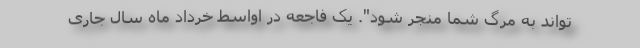
‌تواند به مرگ شما منجر شود". یک فاجعه در اواسط خرداد ماه سال جاری